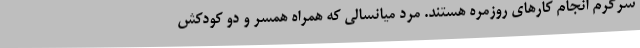
سرگرم انجام کارهای روزمره هستند. مرد میانسالی که همراه همسر و دو کودکش